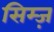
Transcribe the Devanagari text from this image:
सिम्ज़